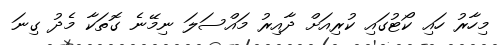
މިހާރު ހައި ކޯޓުގައި ކުރިއަށް ދާއިރު މައްސަލަ ނިމޭނެ ގޮތަކާ މެދު ގިނަ